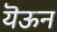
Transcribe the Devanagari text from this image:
यॆऊन